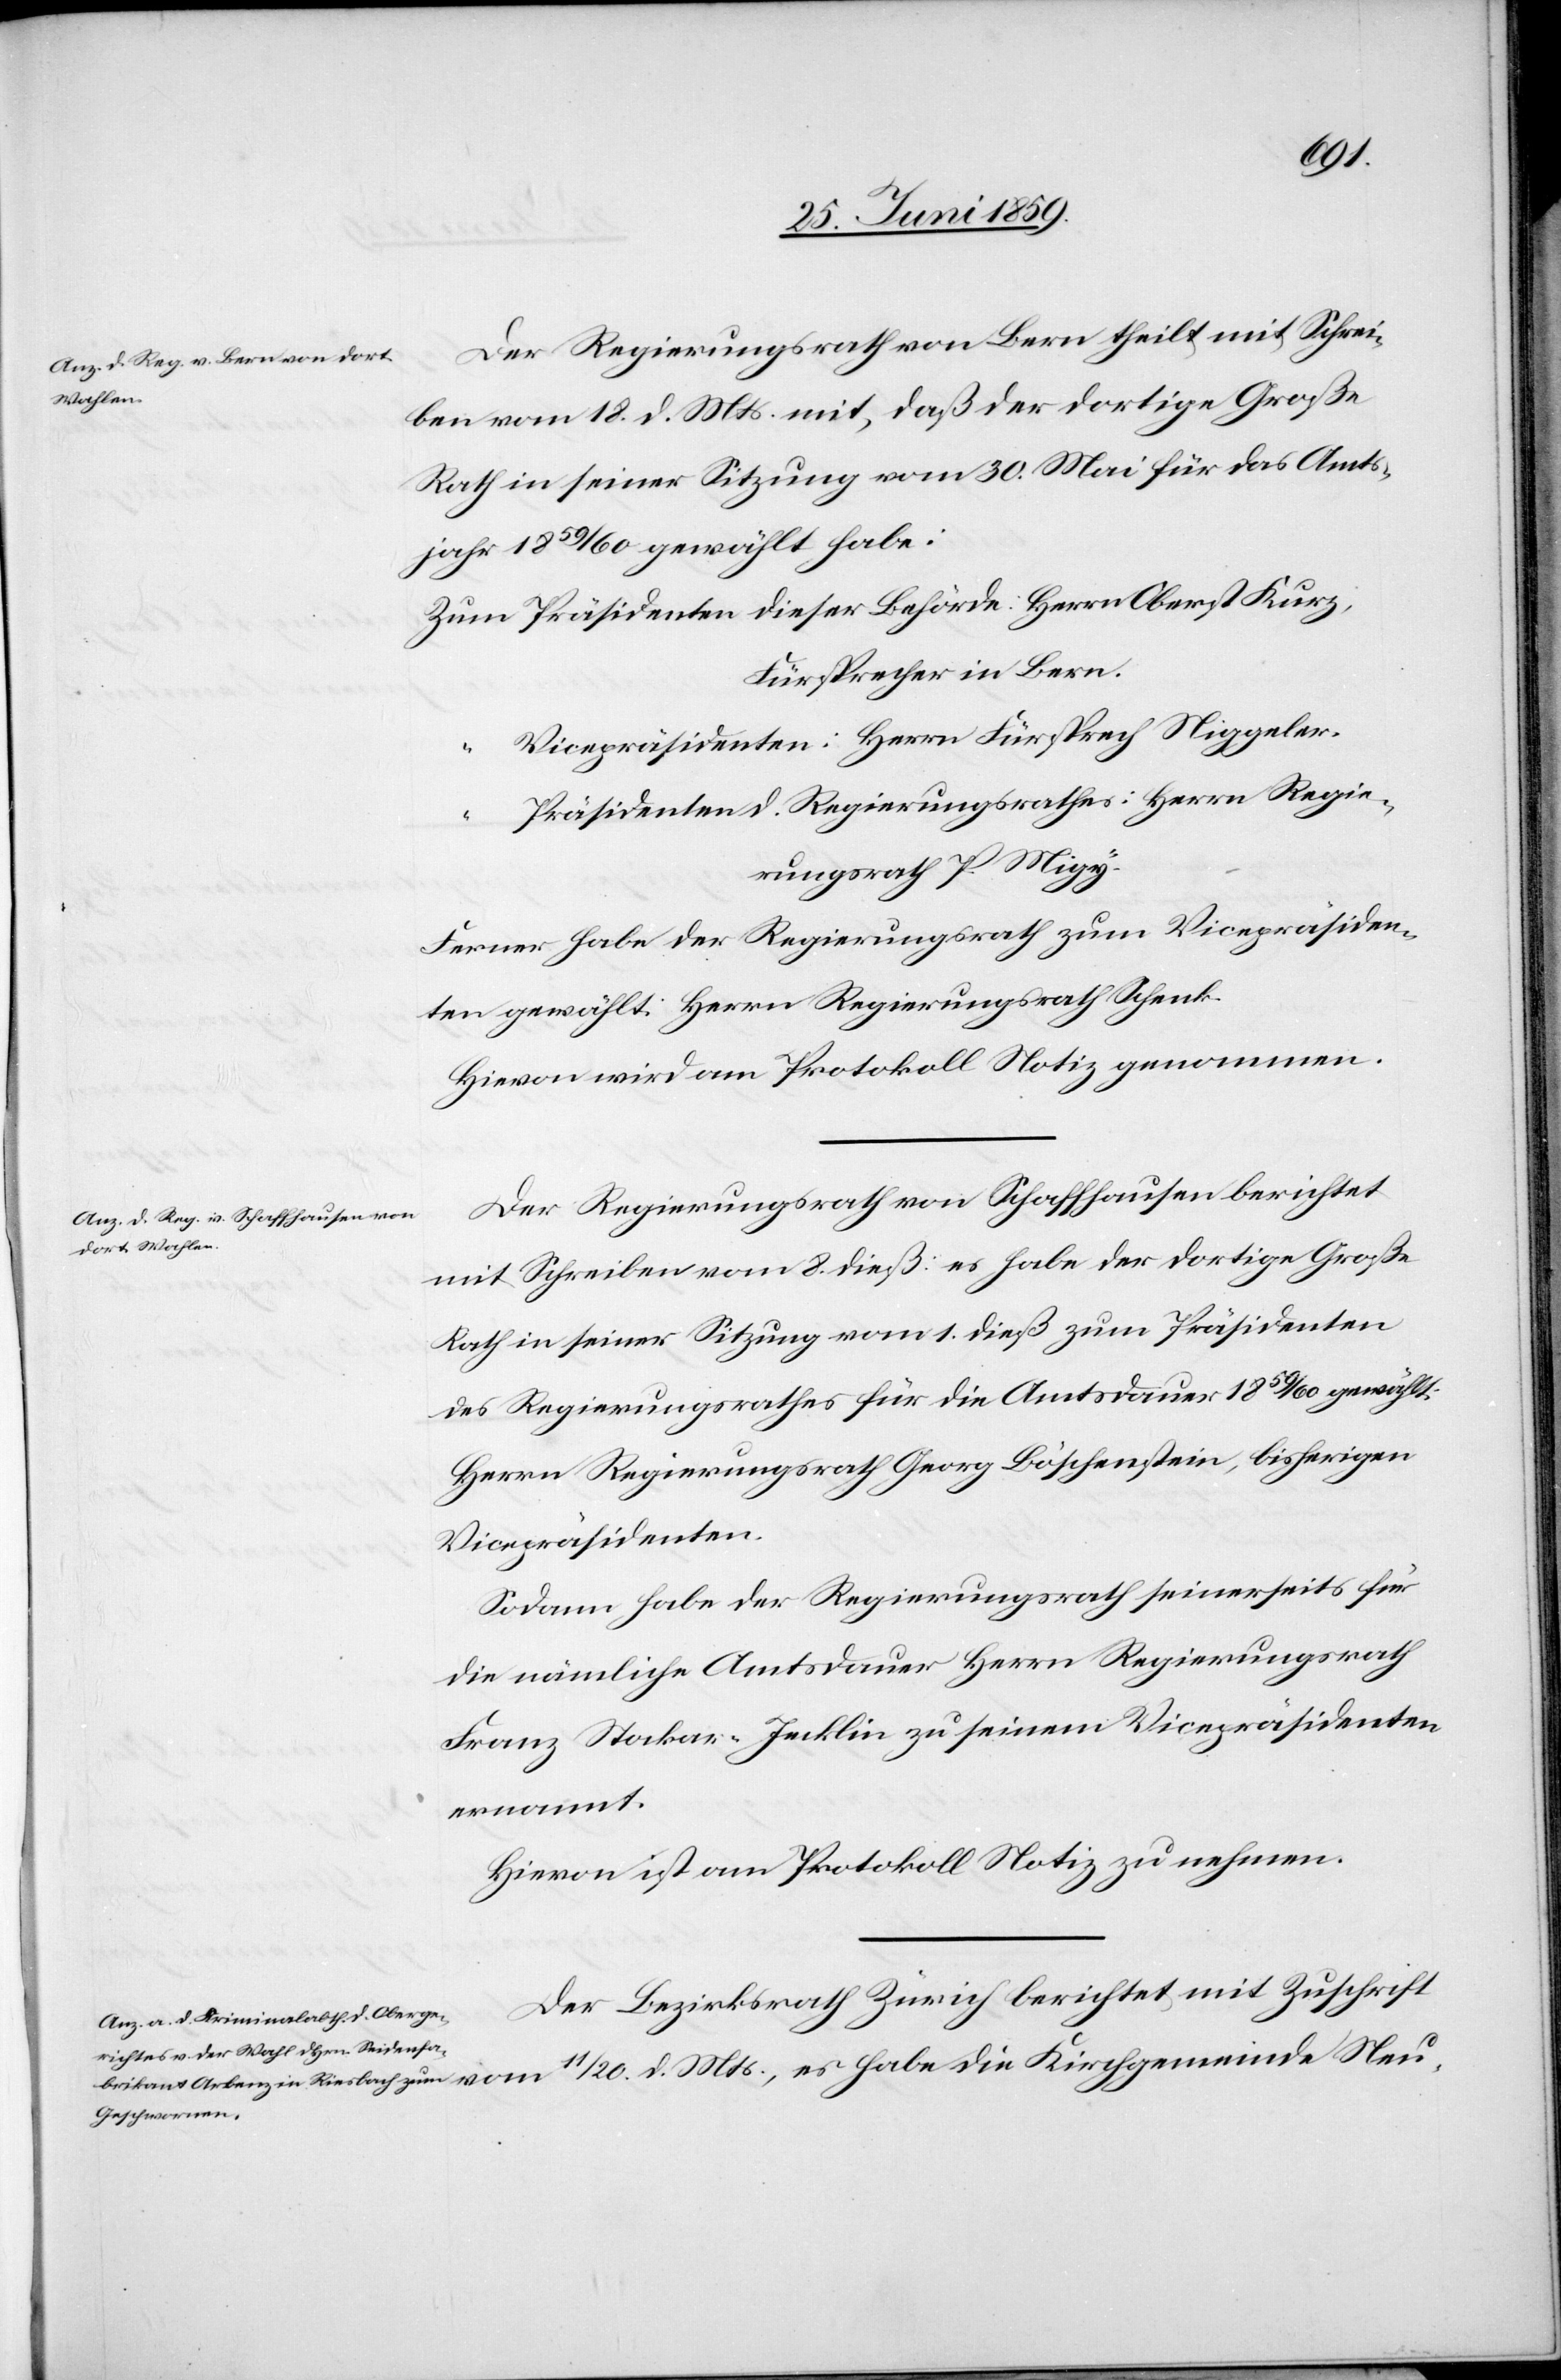
Der Regierungsrath von Bern theilt mit Schrei¬
ben vom 18. d. Mts. mit, daß der dortige Große
Rath in seiner Sitzung vom 30. Mai für das Amts¬
jahr 1859/60 gewählt habe:
Zum Präsidenten dieser Behörde: Herrn Oberst Kurz;
Fürsprecher in Bern.
Vicepräsidenten: Herrn Fürsprech Niggeler.
die
Präsidenten d. Regierungsrathes: Herrn Regie¬
d.
rungsrath P. Migy
Ferner habe der Regierungsrath zum Vicepräsiden¬
ten gewählt: Herrn Regierungsrath Schenk.
Hievon wird am Protokoll Notiz genommen.
Der Regierungsrath von Schaffhausen berichtet
mit Schreiben vom 8. dieß: es habe der dortige Große
Rath in seiner Sitzung vom 1. dieß zum Präsidenten
des Regierungsrathes für die Amtsdauer 1859/60 gewählt:
Herrn Regierungsrath Georg Böschenstein, bisherigen
Vicepräsidenten.
Sodann habe der Regierungsrath seinerseits für
die nämliche Amtsdauer Herrn Regierungsrath
Franz Stocker-Jecklin zu seinem Vicepräsidenten
ernannt.
Hievon ist am Protokoll Notiz zu nehmen.
Der Bezirksrath Zürich berichtet mit Zuschrift